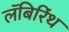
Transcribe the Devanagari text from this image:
लॅबिरिंथ